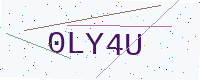
Text: 0LY4U